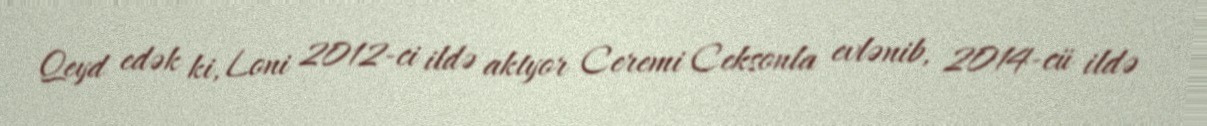
Qeyd edək ki, Loni 2012-ci ildə aktyor Ceremi Ceksonla evlənib, 2014-cü ildə